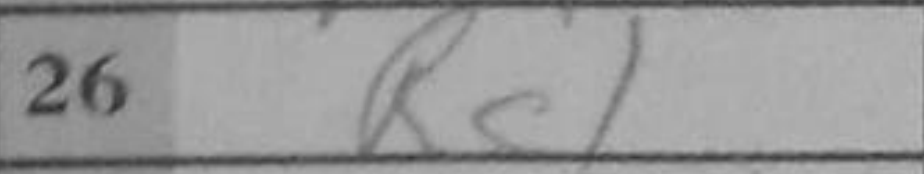
Transcription: Rc1